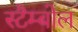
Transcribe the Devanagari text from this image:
स्टैम्बोल